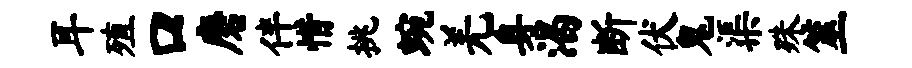
耳殖口磨伴惜挑蜿羌身渴断伏鬼渠殊筮